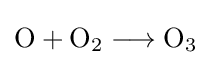
{{\mathit {\text{O}}}{}+{}{\mathit {\mathrm {O} }}{\vphantom {A}}_{\smash[{t}]{2}}{}\mathrel {\longrightarrow } {}{\mathit {\mathrm {O_{3}} }}}